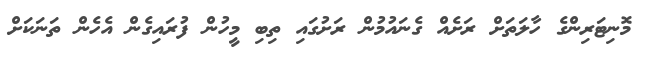
މޮނިޓަރިންގެ ހާލަތަށް ރަށެއް ގެނައުމުން ރަށުގައި ތިބި މީހުން ފުރައިގެން އެހެން ތަނަކަށް